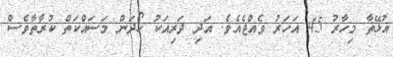
އުޅޭތާ މިހާރު 45 އަހަރު ވެއްޖެއެވެ. އަދި ދަރިއަކު ހޯދަން މަސައްކަތް ކުރާތާވެސް